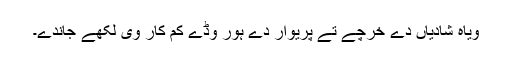
ویاہ شادیاں دے خرچے تے پریوار دے ہور وڈے کم کار وی لکھے جاندے۔